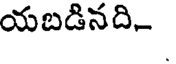
యబడినది-